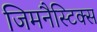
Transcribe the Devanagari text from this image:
जिमनैस्टिक्स